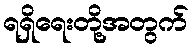
ရရှိရေးတို့အတွက်